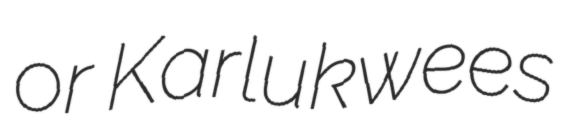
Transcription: or Karlukwees